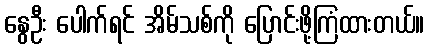
နွေဦး ပေါက်ရင် အိမ်သစ်ကို ပြောင်းဖို့ကြံထားတယ်။